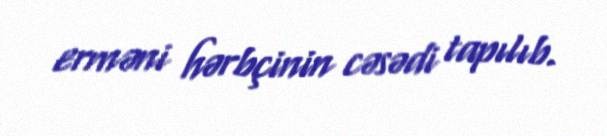
erməni hərbçinin cəsədi tapılıb.